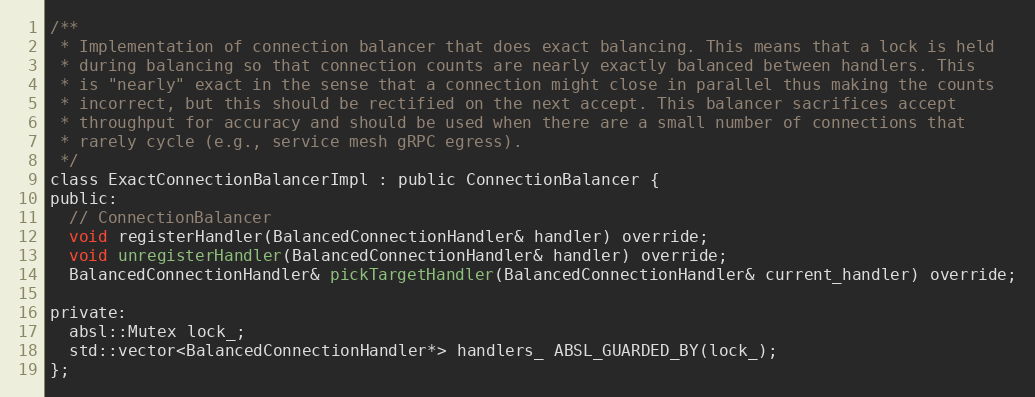
Language: C
/**
 * Implementation of connection balancer that does exact balancing. This means that a lock is held
 * during balancing so that connection counts are nearly exactly balanced between handlers. This
 * is "nearly" exact in the sense that a connection might close in parallel thus making the counts
 * incorrect, but this should be rectified on the next accept. This balancer sacrifices accept
 * throughput for accuracy and should be used when there are a small number of connections that
 * rarely cycle (e.g., service mesh gRPC egress).
 */
class ExactConnectionBalancerImpl : public ConnectionBalancer {
public:
  // ConnectionBalancer
  void registerHandler(BalancedConnectionHandler& handler) override;
  void unregisterHandler(BalancedConnectionHandler& handler) override;
  BalancedConnectionHandler& pickTargetHandler(BalancedConnectionHandler& current_handler) override;

private:
  absl::Mutex lock_;
  std::vector<BalancedConnectionHandler*> handlers_ ABSL_GUARDED_BY(lock_);
};